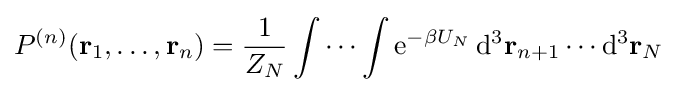
P^{(n)}(\mathbf {r} _{1},\ldots ,\mathbf {r} _{n})={\frac {1}{Z_{N}}}\int \cdots \int \mathrm {e} ^{-\beta U_{N}}\,\mathrm {d} ^{3}\mathbf {r} _{n+1}\cdots \mathrm {d} ^{3}\mathbf {r} _{N}